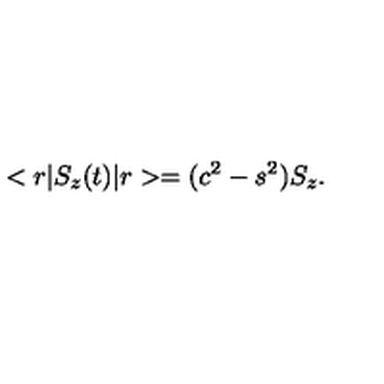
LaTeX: < r | S _ { z } ( t ) | r > = ( c ^ { 2 } - s ^ { 2 } ) S _ { z } .